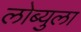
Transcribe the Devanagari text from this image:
लोब्युला